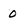
Character: 0